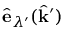
\hat { \mathbf { e } } _ { \lambda ^ { \prime } } ( \hat { \mathbf { k } } ^ { \prime } )